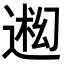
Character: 𬨳